Civil Veterinary Department Bengal reports 1923-33 - 1923-1933
Year: 1923
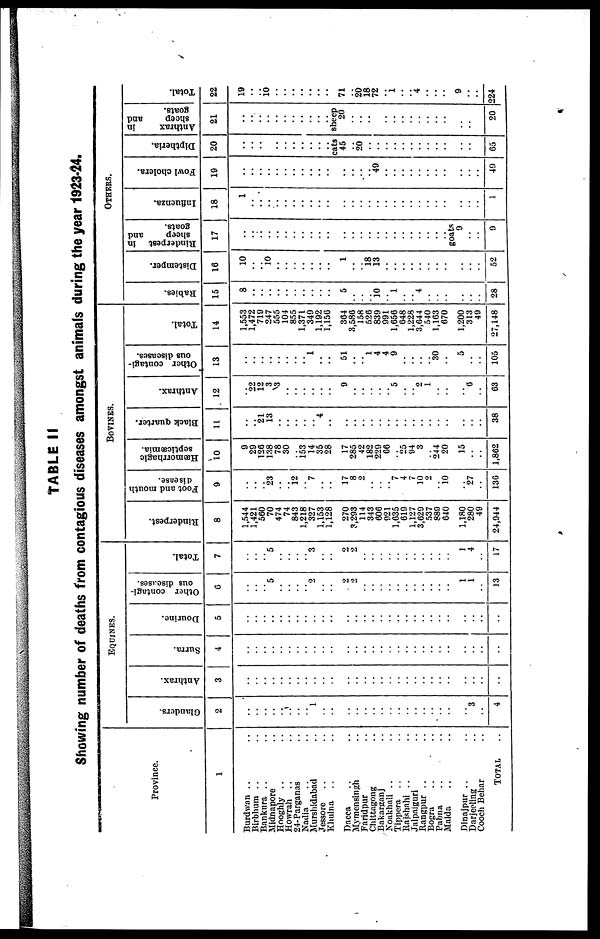
TABLE II
Showing number of deaths from contagious diseases amongst animals during the year 1923-24.
Province.
1
Burdwan .. ..
Birbhum .. ..
Bankura .. ..
Midnapore ..
Hooghly .. ..
Howrah .. ..
24-Parganas ..
Nadia .. ..
Murshidabad ..
Jessore .. ..
Khulna .. ..
Dacca .. ..
Mymensingh ..
Faridpur ..
Chittagong ..
Bakarganj ..
Noakhali .. ..
Tippera .. ..
Rajshahi .. ..
Jalpaiguri ..
Rangpur .. ..
Bogra .. ..
Pabna .. ..
Malda .. ..
Dinajpur .. ..
Darjeeling ..
Cooch Behar ..
TOTAL
EQUINES.
Glanders.
2
..
..
..
..
..
..
..
..
1
..
..
..
..
..
..
..
..
..
..
..
..
..
..
..
..
3
..
4
Anthrax.
3
..
..
..
..
..
..
..
..
..
..
..
..
..
..
..
..
..
..
..
..
..
..
..
..
..
..
..
..
Surra.
4
..
..
..
..
..
..
..
..
..
..
..
..
..
..
..
..
..
..
..
..
..
..
..
..
..
..
..
..
Dourine.
5
..
..
..
..
..
..
..
..
..
..
..
..
..
..
..
..
..
..
..
..
..
..
..
..
..
..
..
..
Other contagi-
ous diseases.
6
..
..
..
5
..
..
..
..
2
..
..
2
2
..
..
..
..
..
..
..
..
..
..
..
1
1
..
13
Total.
7
..
..
..
5
..
..
..
..
3
..
..
2
2
..
..
..
..
..
..
..
..
..
..
..
1
4
..
17
BOVINES.
Rinderpest.
8
1,544
1,421
560
70
474
74
843
1,218
327
1,153
1,128
270
3,293
114
343
606
921
1,635
619
1,127
3,629
537
889
640
1,180
280
49
24,944
Foot and mouth
disease.
9
..
..
..
23
..
..
12
..
7
..
..
17
8
2
..
..
..
7
4
7
10
2
..
10
..
27
..
136
Hæmorrhagic
septicæmia.
10
9
29
126
138
78
30
153
14
35
28
17
285
42
182
229
66
25
94
3
244
20
15
..
..
1,862
Black quarter.
11
..
..
21
13
..
..
..
..
..
4
..
..
..
..
..
..
..
..
..
..
..
..
..
..
..
..
..
38
Anthrax.
12
..
22
12
3
3
..
..
..
..
..
..
9
..
..
..
..
.. 5
..
..
2
1
..
..
..
6
..
63
Other contagi-
ous diseases.
13
..
..
..
..
..
..
..
.. 1
..
51
..
..
1 4
4
9
..
..
..
..
30
..
5
..
..
105
Total.
14
1,553
1,472
719
247
555
104
855
1,371
349
1,192
1,156
364
3,586
158
526
839
991
1,656
648
1,228
3,644
540
1,163
670
1,200
313
49
27,148
Rabies.
15
8
..
..
..
..
..
..
..
..
..
..
5
..
..
.. 10
..
1
..
..
4
..
..
..
..
..
..
28
OTHERS.
Di s t
e mpe r
.
16
10
..
.. 10
..
..
..
..
..
..
..
1
18 13
.. ..
..
.. ..
..
..
..
..
..
..
..
52
Rinderpest in
sheep
and
goats.
17
..
..
..
..
..
..
..
..
..
..
..
..
..
..
..
..
..
..
..
..
..
..
..
..
goats
9
..
..
9
Influenza.
18
1
..
..
..
..
..
..
..
..
..
..
..
..
..
..
..
..
..
..
..
..
..
..
..
..
..
..
..
1
Fowl cholera.
19
..
.. ..
..
..
..
..
..
..
..
..
..
..
..
49
..
..
..
..
..
..
..
..
..
..
..
49
Diptheria.
20
..
.. ..
..
..
..
..
..
..
..
..
cats
45
..
20
..
..
..
..
..
..
..
..
..
..
..
..
65
Anthrax
in
sheep
and
goats.
21
..
..
..
..
..
..
..
..
..
..
..
sheep
20
..
..
..
..
..
..
..
..
..
..
..
..
..
20
Total.
22
19
..
..
10
..
..
..
..
..
..
..
71
..
20
18
72
..
1
..
..
4
..
..
..
..
9
..
..
224